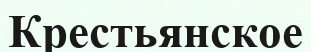
Крестьянское